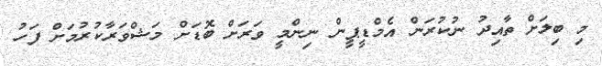
މި ބިލަށް ތާއިދު ނުކުރަން އެމްޑީޕީން ނިންމީ ވަރަށް ބޮޑަށް މަޝްވަރާކުރުމަށް ފަހު